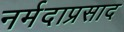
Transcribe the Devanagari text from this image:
नर्मदाप्रसाद